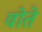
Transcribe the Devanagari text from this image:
वोते